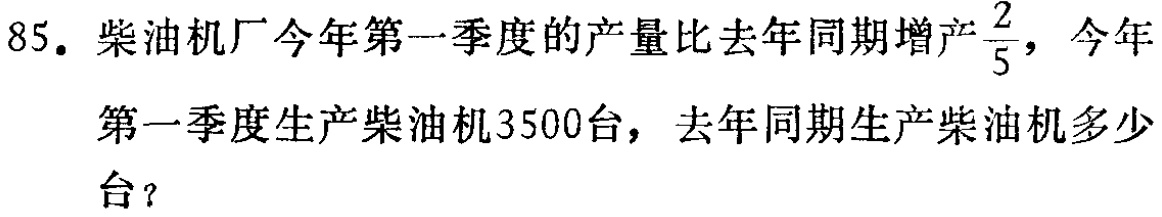
85. 柴油机厂今年第一季度的产量比去年同期增产$\frac{2}{5}$，今年第一季度生产柴油机3500台，去年同期生产柴油机多少台？